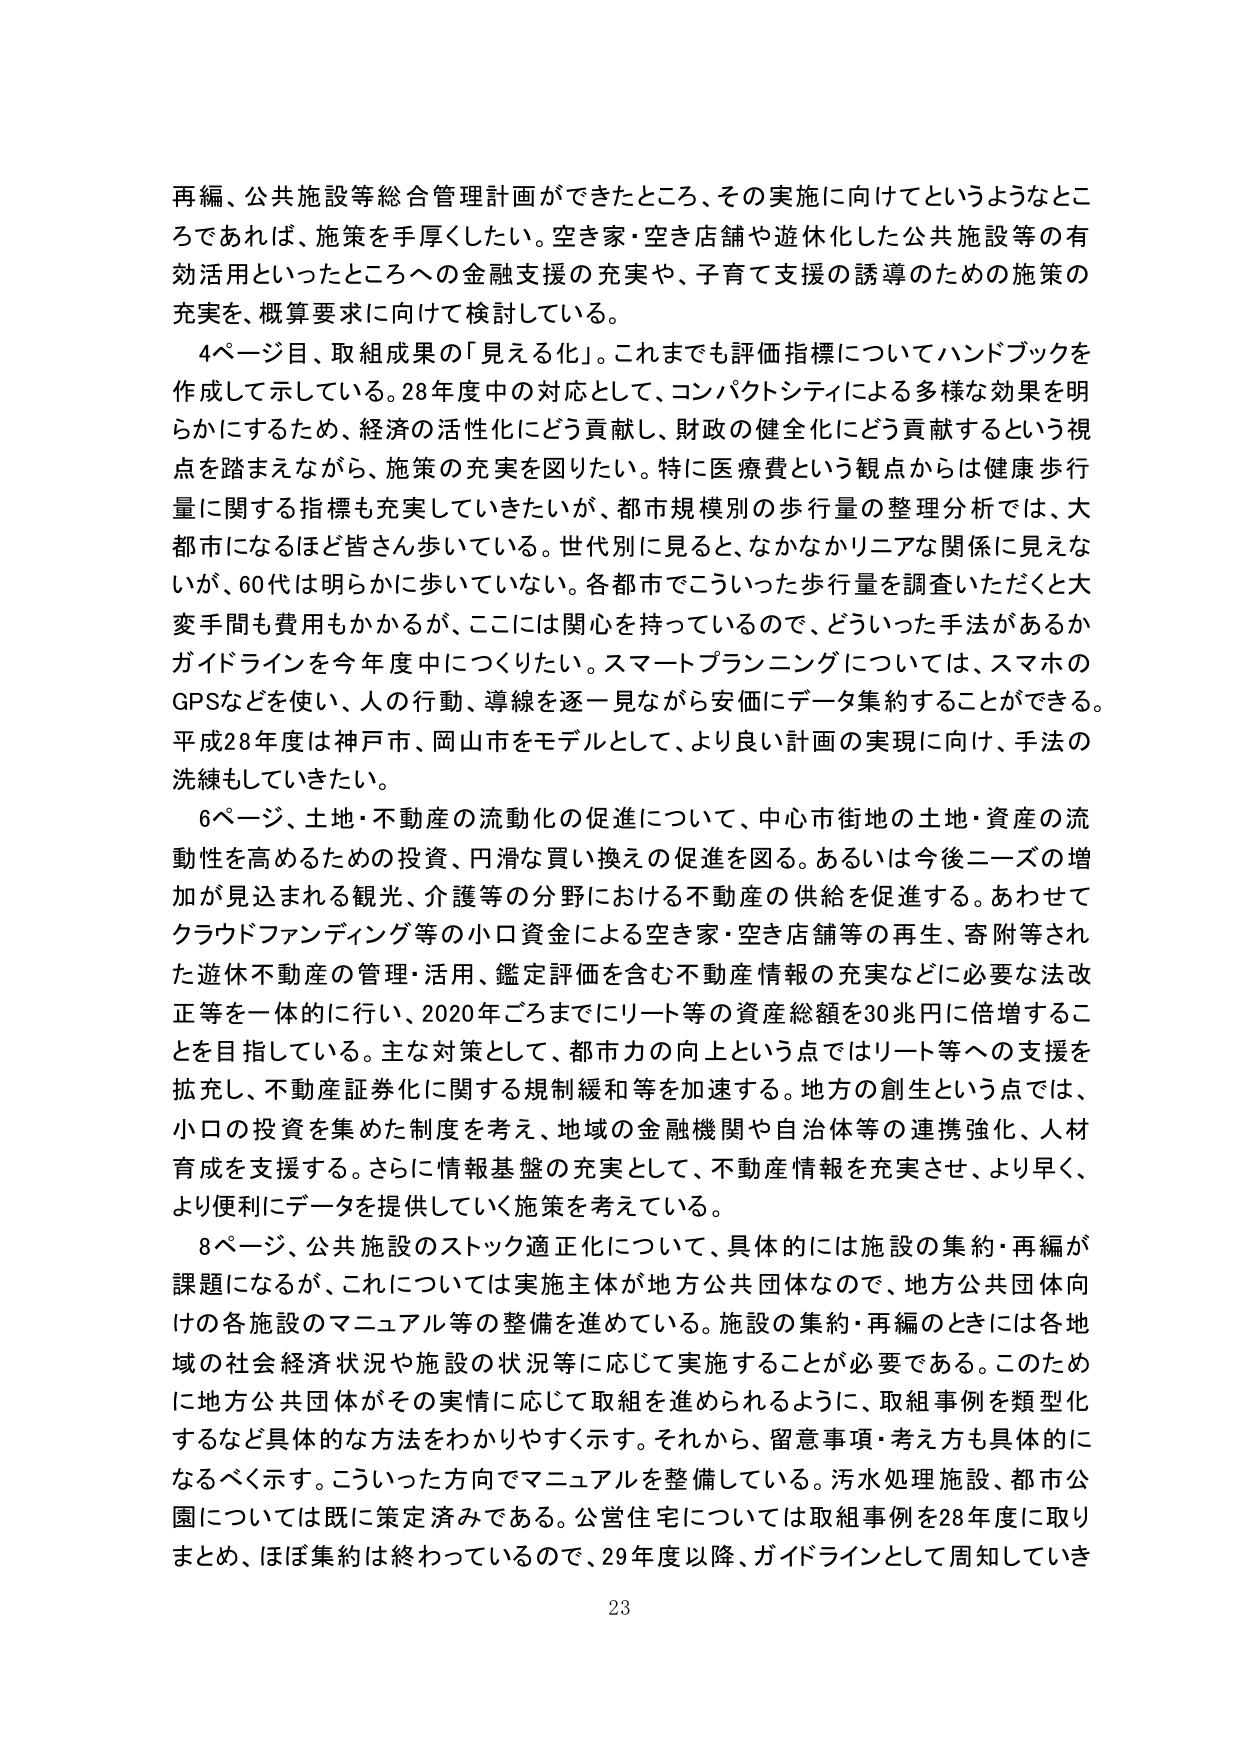
再編、公共施設等総合管理計画ができたところ、その実施に向けてというようなところであれば、施策を手厚くしたい。空き家・空き店舗や遊休化した公共施設等の有効活用といったところへの金融支援の充実や、子育て支援の誘導のための施策の充実を、概算要求に向けて検討している。

4ページ目、取組成果の「見える化」。これまでも評価指標についてハンドブックを作成して示している。28年度中の対応として、コンパクトシティによる多様な効果を明らかにするため、経済の活性化にどう貢献し、財政の健全化にどう貢献するという視点を踏まえながら、施策の充実を図りたい。特に医療費という観点からは健康歩行量に関する指標も充実していきたいが、都市規模別の歩行量の整理分析では、大都市になるほど皆さん歩いている。世代別に見ると、なかなかリニアな関係に見えないが、60代は明らかに歩いていない。各都市でこういった歩行量を調査いただくと大変手間も費用もかかるが、ここには関心を持っているので、どういった手法があるかガイドラインを今年度中につくりたい。スマートプランニングについては、スマホのGPSなどを使い、人の行動、導線を逐一見ながら安価にデータ集約することができる。平成28年度は神戸市、岡山市をモデルとして、より良い計画の実現に向け、手法の洗練もしていきたい。

6ページ、土地・不動産の流動化の促進について、中心市街地の土地・資産の流動性を高めるための投資、円滑な買い換えの促進を図る。あるいは今後ニーズの増加が見込まれる観光、介護等の分野における不動産の供給を促進する。あわせてクラウドファンディング等の小口資金による空き家・空き店舗等の再生、寄附等された遊休不動産の管理・活用、鑑定評価を含む不動産情報の充実などに必要な法改正等を一体的に行い、2020年ごろまでにリート等の資産総額を30兆円に倍増することを目指している。主な対策として、都市力の向上という点ではリート等への支援を拡充し、不動産証券化に関する規制緩和等を加速する。地方の創生という点では、小口の投資を集めた制度を考え、地域の金融機関や自治体等の連携強化、人材育成を支援する。さらに情報基盤の充実として、不動産情報を充実させ、より早く、より便利にデータを提供していく施策を考えている。

8ページ、公共施設のストック適正化について、具体的には施設の集約・再編が課題になるが、これについては実施主体が地方公共団体なので、地方公共団体向けの各施設のマニュアル等の整備を進めている。施設の集約・再編のときには各地域の社会経済状況や施設の状況等に応じて実施することが必要である。このために地方公共団体がその実情に応じて取組を進められるように、取組事例を類型化するなど具体的な方法をわかりやすく示す。それから、留意事項・考え方も具体的になるべく示す。こういった方向でマニュアルを整備している。汚水処理施設、都市公園については既に策定済みである。公営住宅については取組事例を28年度に取りまとめ、ほぼ集約は終わっているので、29年度以降、ガイドラインとして周知していき

23